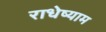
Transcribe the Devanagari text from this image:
राधेष्याम